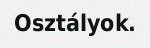
Osztályok.